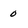
Character: 0